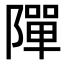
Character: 𨼒